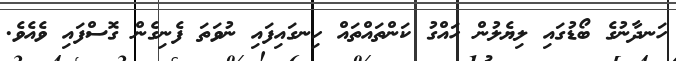
ހަނދާނުގެ ބޯޑުގައި ލިޔެލުން ހައްގު ކަންތައްތައް ހިނގައިފައި ނުވަތަ ފެނިގެން ގޮސްފައި ވެއެވެ.